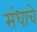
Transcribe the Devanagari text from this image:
संधाचे